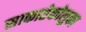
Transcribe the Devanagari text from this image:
साकातेकोलुका